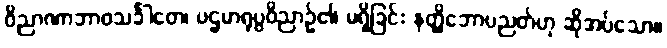
ဝိညာဏာဘာဝသင်္ခါတေ၊ ပဌမာရုပ္ပဝိညာဉ်၏ မရှိခြင်း နတ္ထိဘောပညတ်ဟု ဆိုအပ်သော။